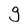
Character: g